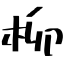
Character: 柳